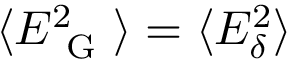
\langle E _ { \mathrm { ~ G ~ } } ^ { 2 } \rangle = \langle E _ { \delta } ^ { 2 } \rangle